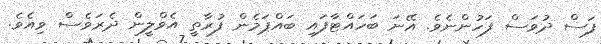
ފަސް ދުވަސް ފަހުންނެވެ. އޭނަ ބަހައްޓާފައި ބައްޕަމެން ފުރާތީ އެވްލީން ދެރަވެސް ވިއެވެ.